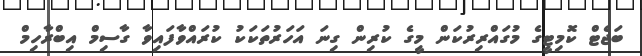
ބަޖެޓް ކޮމިޓީގެ މުގައްރިރުކަން މީގެ ކުރިން ގިނަ އަހަރުތަކަކު ކުރައްވާފައިވާ ގާސިމް އިބްރާހިމް